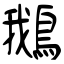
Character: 鵝